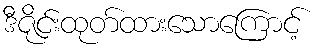
ဒီဇိုင်းထုတ်ထားသောကြောင့်